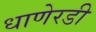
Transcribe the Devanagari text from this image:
धाणेरडी